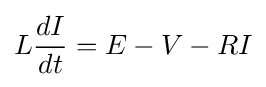
L{\frac {dI}{dt}}=E-V-RI